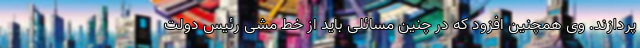
‌پردازند. وی همچنین افزود که در چنین مسائلی باید از خط مشی رئیس دولت